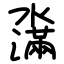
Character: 濷